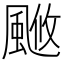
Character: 𩗚